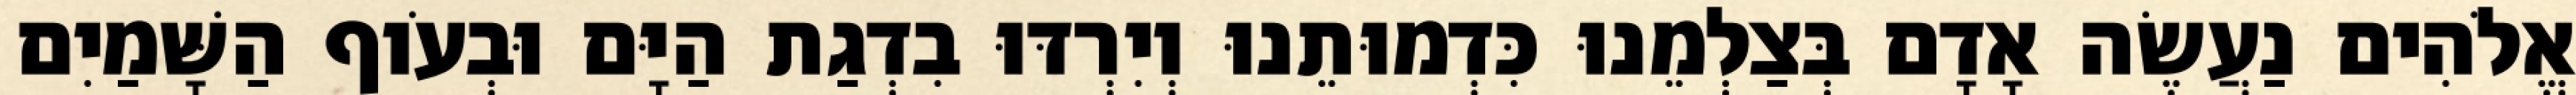
אֱלֹהִים נַעֲשֶׂה אָדָם בְּצַלְמֵנוּ כִּדְמוּתֵנוּ וְיִרְדּוּ בִדְגַת הַיָּם וּבְעֹוף הַשָּׁמַיִם